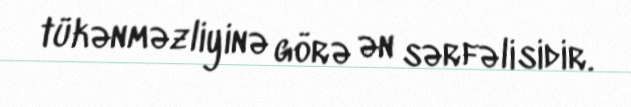
tükənməzliyinə görə ən sərfəlisidir.